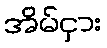
အိမ်ငှား